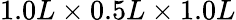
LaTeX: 1.0L\times 0.5L\times 1.0L